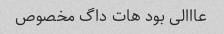
عااالی بود هات داگ مخصوص